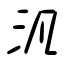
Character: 汎